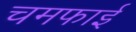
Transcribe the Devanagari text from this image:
चमफाई